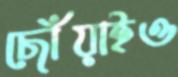
ছোঁয়াইও